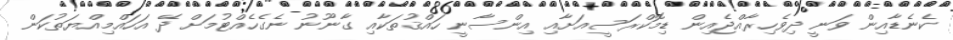
ކެނެޑާއިން ވަނީ ދިވެހިރާއްޖެއިން ޑިމޮކްރަސީއަށާއި އިންސާނީ ހައްޤުތަކާއި ގާނޫނު ނެގެހެއްޓުމަށް ދޭ އަހައްމިއްޔަތުކަން